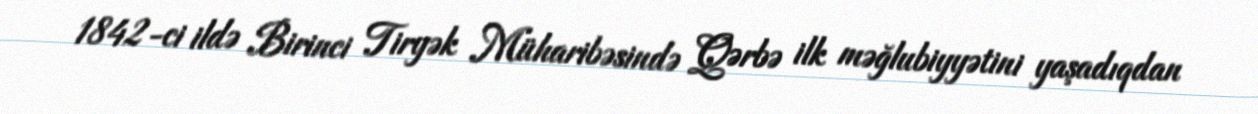
1842-ci ildə Birinci Tiryək Müharibəsində Qərbə ilk məğlubiyyətini yaşadıqdan